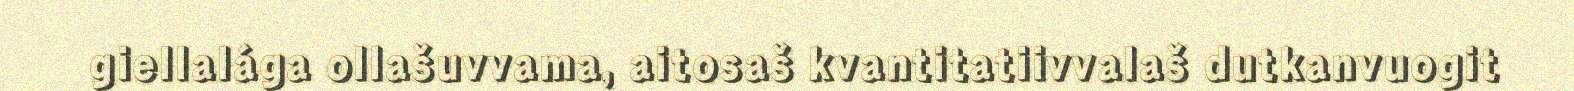
giellalága ollašuvvama, aitosaš kvantitatiivvalaš dutkanvuogit